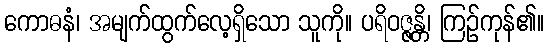
ကောဓနံ၊ အမျက်ထွက်လေ့ရှိသော သူကို။ ပရိဝဇ္ဇန္တိ၊ ကြဉ်ကုန်၏။